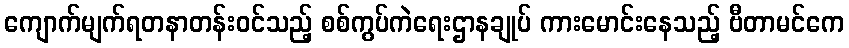
ကျောက်မျက်ရတနာတန်းဝင်သည့် စစ်ကွပ်ကဲရေးဌာနချုပ် ကားမောင်းနေသည့် ဗီတာမင်ကေ